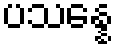
ပသန္နေ